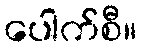
ပေါက်စီ။